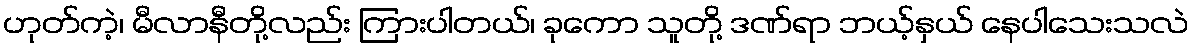
ဟုတ်ကဲ့၊ မီလာနီတို့လည်း ကြားပါတယ်၊ ခုကော သူတို့ ဒဏ်ရာ ဘယ့်နှယ် နေပါသေးသလဲ